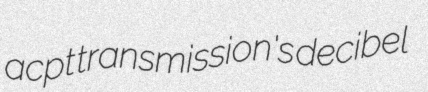
acpt transmission's decibel